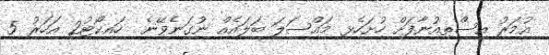
އުމަރު އިސްތިއުނާފަށް ހުށަހެޅި މައްސަލަ ބަލައެއް ނުގަނެވޭނެ  ހައިކޯޓު2 އަހަރު 5